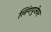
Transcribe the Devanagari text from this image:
लिंगपूजेवर